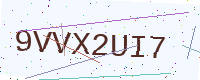
Text: 9VVX2UI7